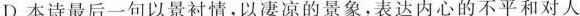
D.本诗最后一句以景衬情，以凄凉的景象，表达内心的不平和对人